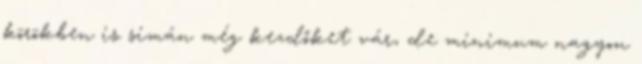
körökben is simán még kezdőket vár, de minimum nagyon